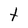
Character: t